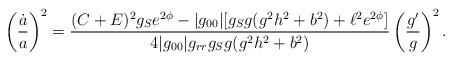
LaTeX: \begin{align*}\left({{\dot{a}}\over a}\right)^2={{(C+E)^2g_Se^{2\phi}-|g_{00}|[g_Sg(g^2h^2+b^2)+\ell^2e^{2\phi}]}\over{4|g_{00}|g_{rr}g_Sg(g^2h^2+b^2)}}\left({{g^{\prime}}\over g}\right)^2.\end{align*}